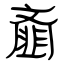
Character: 齑